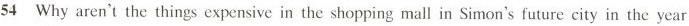
54 Why aren't the things expensive in the shopping mall in simon's future city in the year